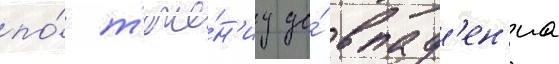
по́ т'ече́н'иу до́ впад'ен'иа